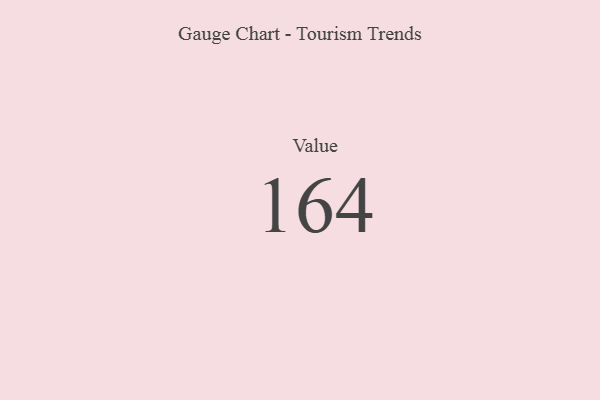
{"axis": {"x": "Metric", "y": "Value"}, "legend": [""], "data": [{"x": "Value", "y": 164, "type": ""}]}